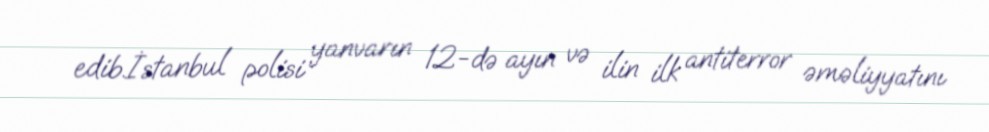
edib.İstanbul polisi yanvarın 12-də ayın və ilin ilk antiterror əməliyyatını